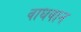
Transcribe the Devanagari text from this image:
वाधवान